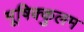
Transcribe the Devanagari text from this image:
मूषिक्कुलम